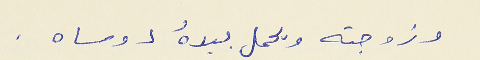
وزوجته ويحمل بيدهُ دوساه  .